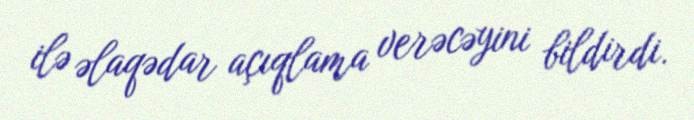
ilə əlaqədar açıqlama verəcəyini bildirdi.